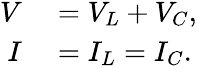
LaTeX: \begin{array}{rl}{V}&{{}=V_{L}+V_{C},}\\ {I}&{{}=I_{L}=I_{C}.}\end{array}